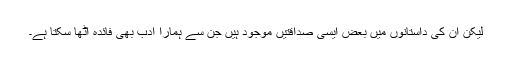
لیکن ان کی داستانوں میں بعض ایسی صداقتیں موجود ہیں جن سے ہمارا ادب بھی فائدہ اٹھا سکتا ہے۔